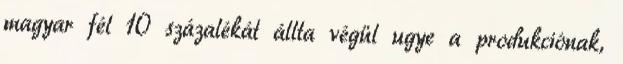
magyar fél 10 százalékát állta végül ugye a produkciónak,